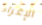
الإغراء